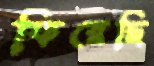
ফিরেছি